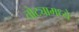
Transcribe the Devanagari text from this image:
तोट्यामध्ये